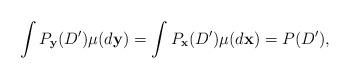
LaTeX: \begin{align*}\int P_{\mathbf{y}}(D') \mu(d\mathbf{y})=\int P_{\mathbf{x}}(D') \mu(d\mathbf{x})=P(D'),\end{align*}